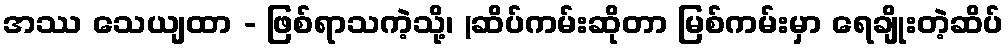
အဿ သေယျထာ - ဖြစ်ရာသကဲ့သို့၊ (ဆိပ်ကမ်းဆိုတာ မြစ်ကမ်းမှာ ရေချိုးတဲ့ဆိပ်